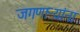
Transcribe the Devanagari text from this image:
जगणाऱ्यांना